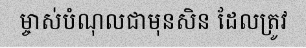
ម្ចាស់បំណុលជាមុនសិន ដែលត្រូវ